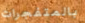
بالمتفجرات